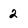
Character: 2